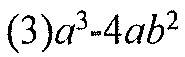
\((3)a^{3}-4ab^{2}\)